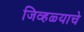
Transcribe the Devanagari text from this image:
जिव्हळ्याचे